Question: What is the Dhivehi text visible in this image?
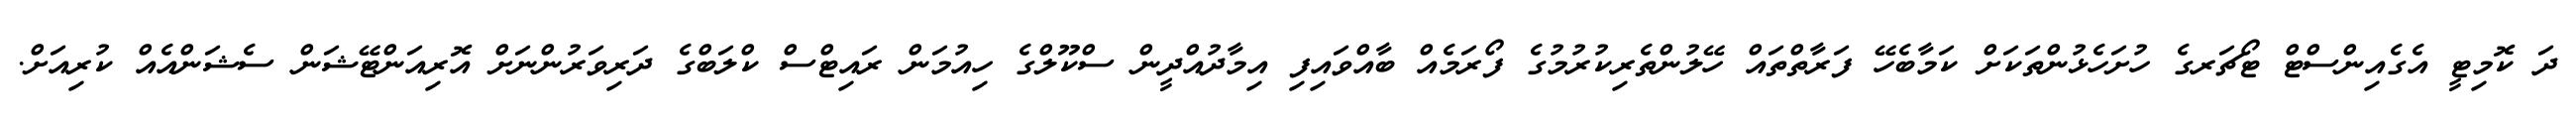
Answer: ދަ ކޮމިޓީ އެގެއިންސްޓް ޓޯޗަރގެ ހުށަހެޅުންތަކަށް ކަމާބެހޭ ފަރާތްތައް ހޭލުންތެރިކުރުމުގެ ފޯރަމެއް ބާއްވައިފި އިމާދުއްދީން ސްކޫލްގެ ހިއުމަން ރައިޓްސް ކްލަބްގެ ދަރިވަރުންނަށް އޮރިއަންޓޭޝަން ސެޝަންއެއް ކުރިއަށް.